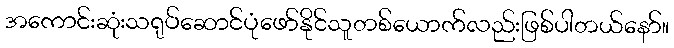
အကောင်းဆုံးသရုပ်ဆောင်ပုံဖော်နိုင်သူတစ်ယောက်လည်းဖြစ်ပါတယ်နော်။